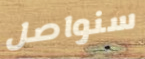
سنواصل